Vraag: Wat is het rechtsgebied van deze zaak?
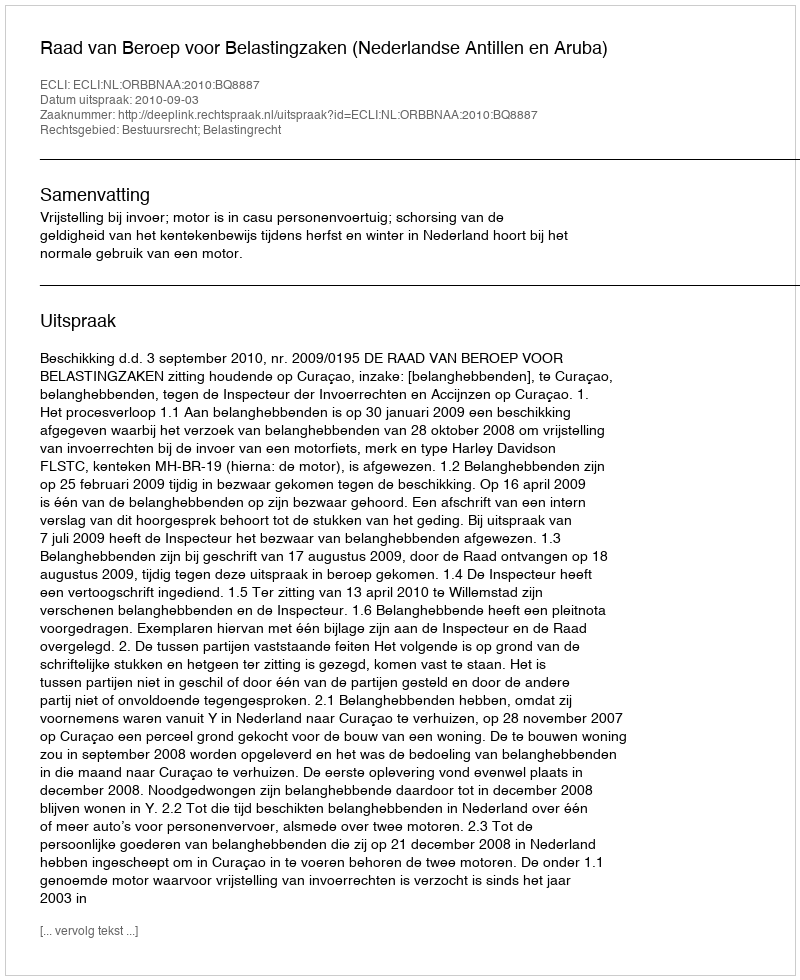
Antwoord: Bestuursrecht; Belastingrecht